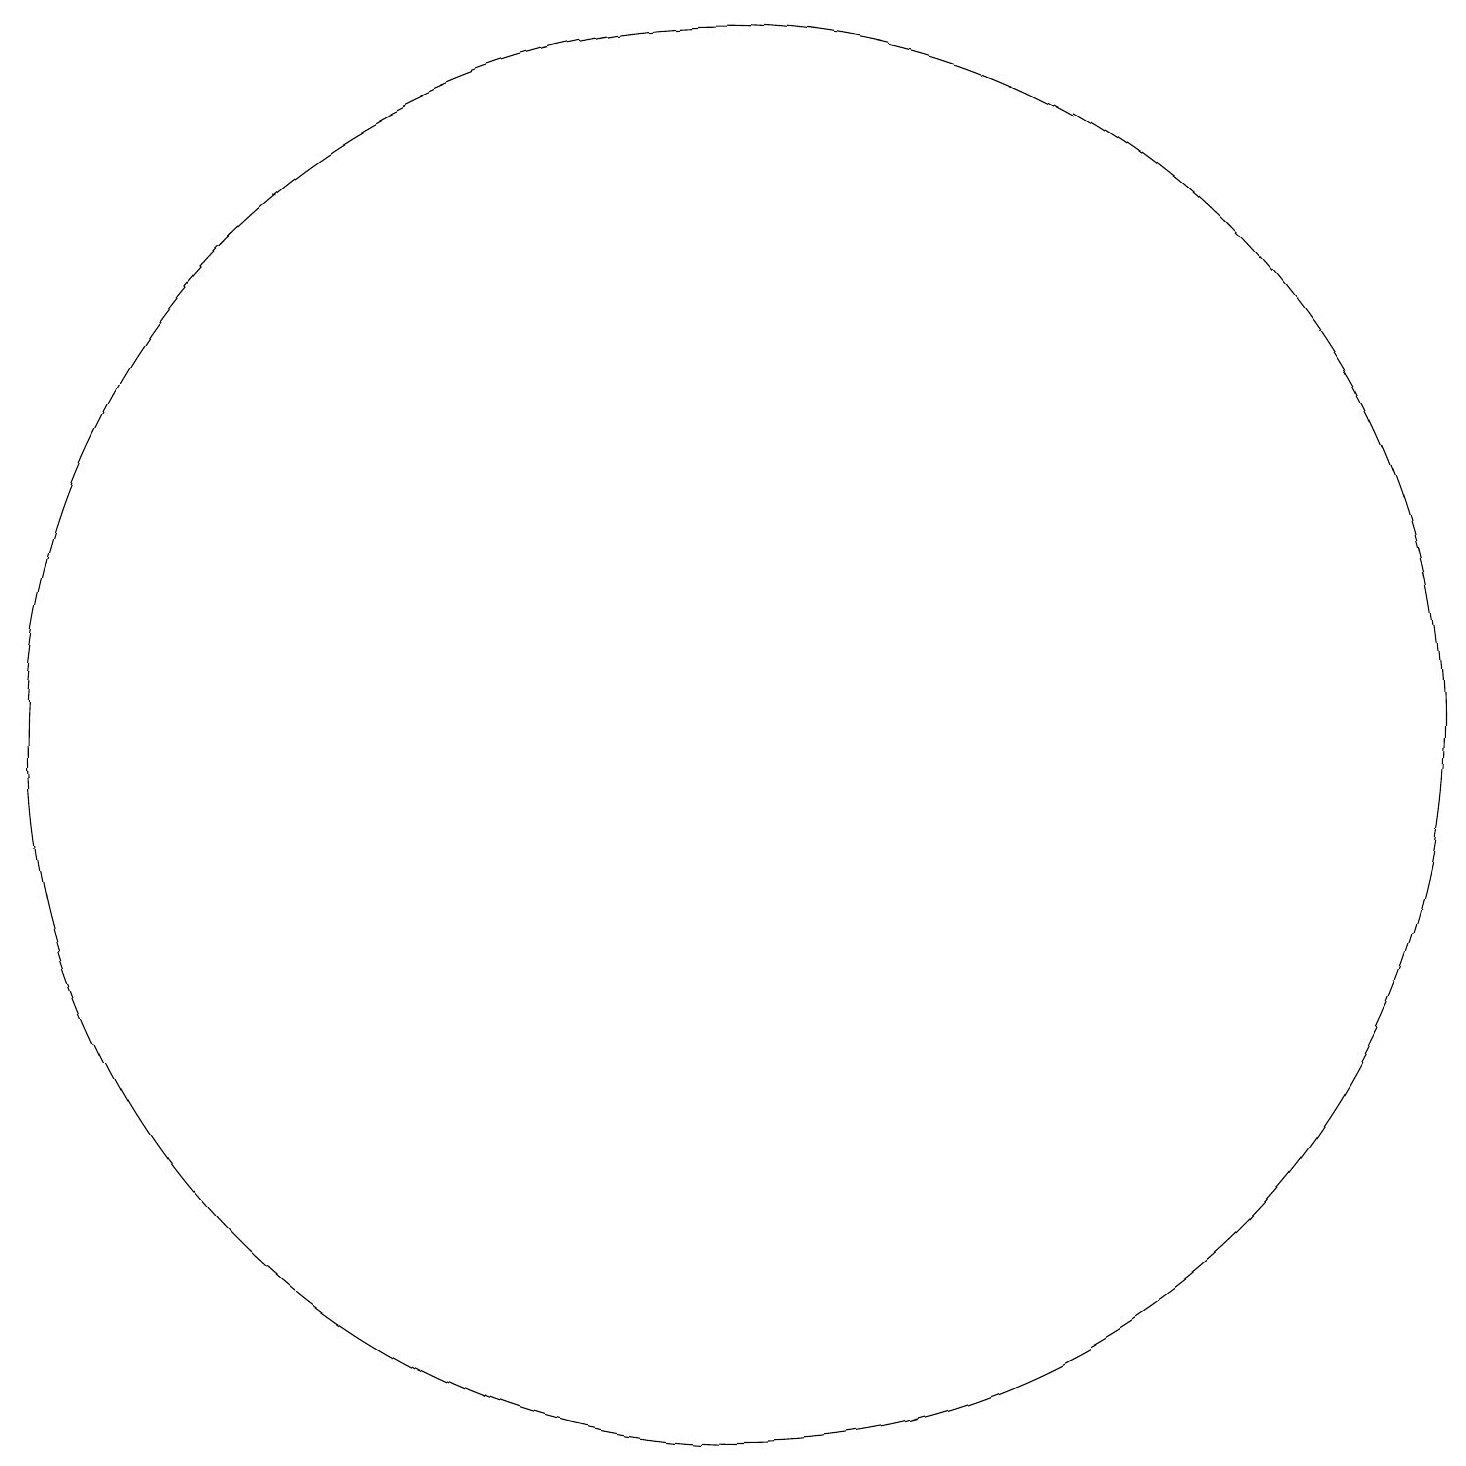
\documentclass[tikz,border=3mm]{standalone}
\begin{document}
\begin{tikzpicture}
\draw (10,11) circle (0);
\draw (10,11) circle (9);
\draw (12,11) circle (0);
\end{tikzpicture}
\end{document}